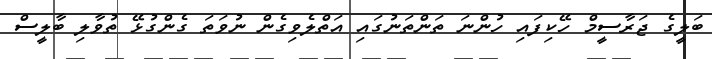
ބަލީގެ ޖަރާސީމް ހޭކިފައި ހުންނަ ތަންތަނުގައި އަތްލެވިގެން ނުވަތަ ގެންގުޅޭ ތުވާލި ބާލީސް